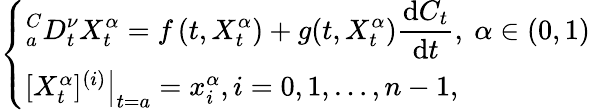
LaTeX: \left\{ \begin{array}{l}{\displaystyle_{a}^{C}D_{t}^{\nu}X_{t}^{\alpha}=f\left(t,X_{t}^{\alpha}\right)+g(t,X_{t}^{\alpha})\frac{\mathrm dC_{t}}{\mathrm dt},~\alpha\in(0,1)}\\ {\left.[X_{t}^{\alpha}]^{(i)}\right|_{t=a}=x_{i}^{\alpha},i=0,1,\ldots,n-1,}\end{array}\right.